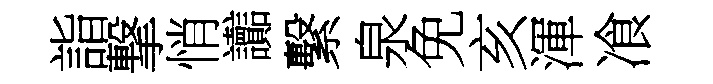
詣撃悄讟繫泉免亥渾飡